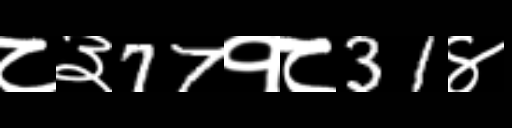
Text: ८३77१८31४